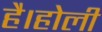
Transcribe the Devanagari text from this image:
है।होली